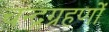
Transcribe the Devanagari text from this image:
चन्द्रग्रहणों